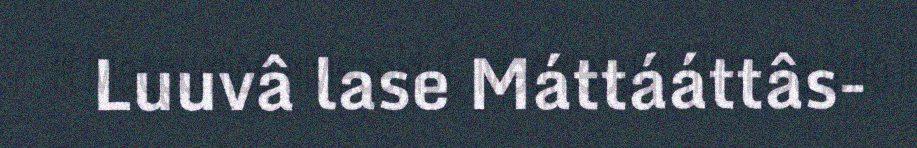
Luuvâ lase Máttááttâs-